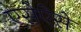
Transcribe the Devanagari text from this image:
एसेऐसे